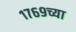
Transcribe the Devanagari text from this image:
१७६९च्या